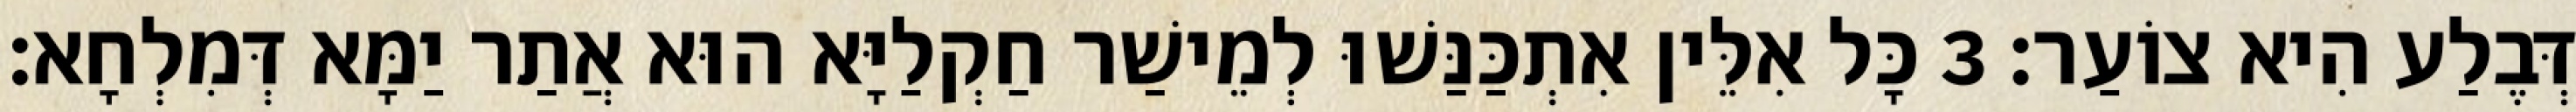
דְּבֶלַע הִיא צוֹעַר׃ 3 כָּל אִלֵּין אִתְכַּנַּשׁוּ לְמֵישַׁר חַקְלַיָּא הוּא אֲתַר יַמָּא דְּמִלְחָא׃